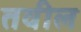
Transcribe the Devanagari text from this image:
तवील